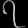
Digit: ၇